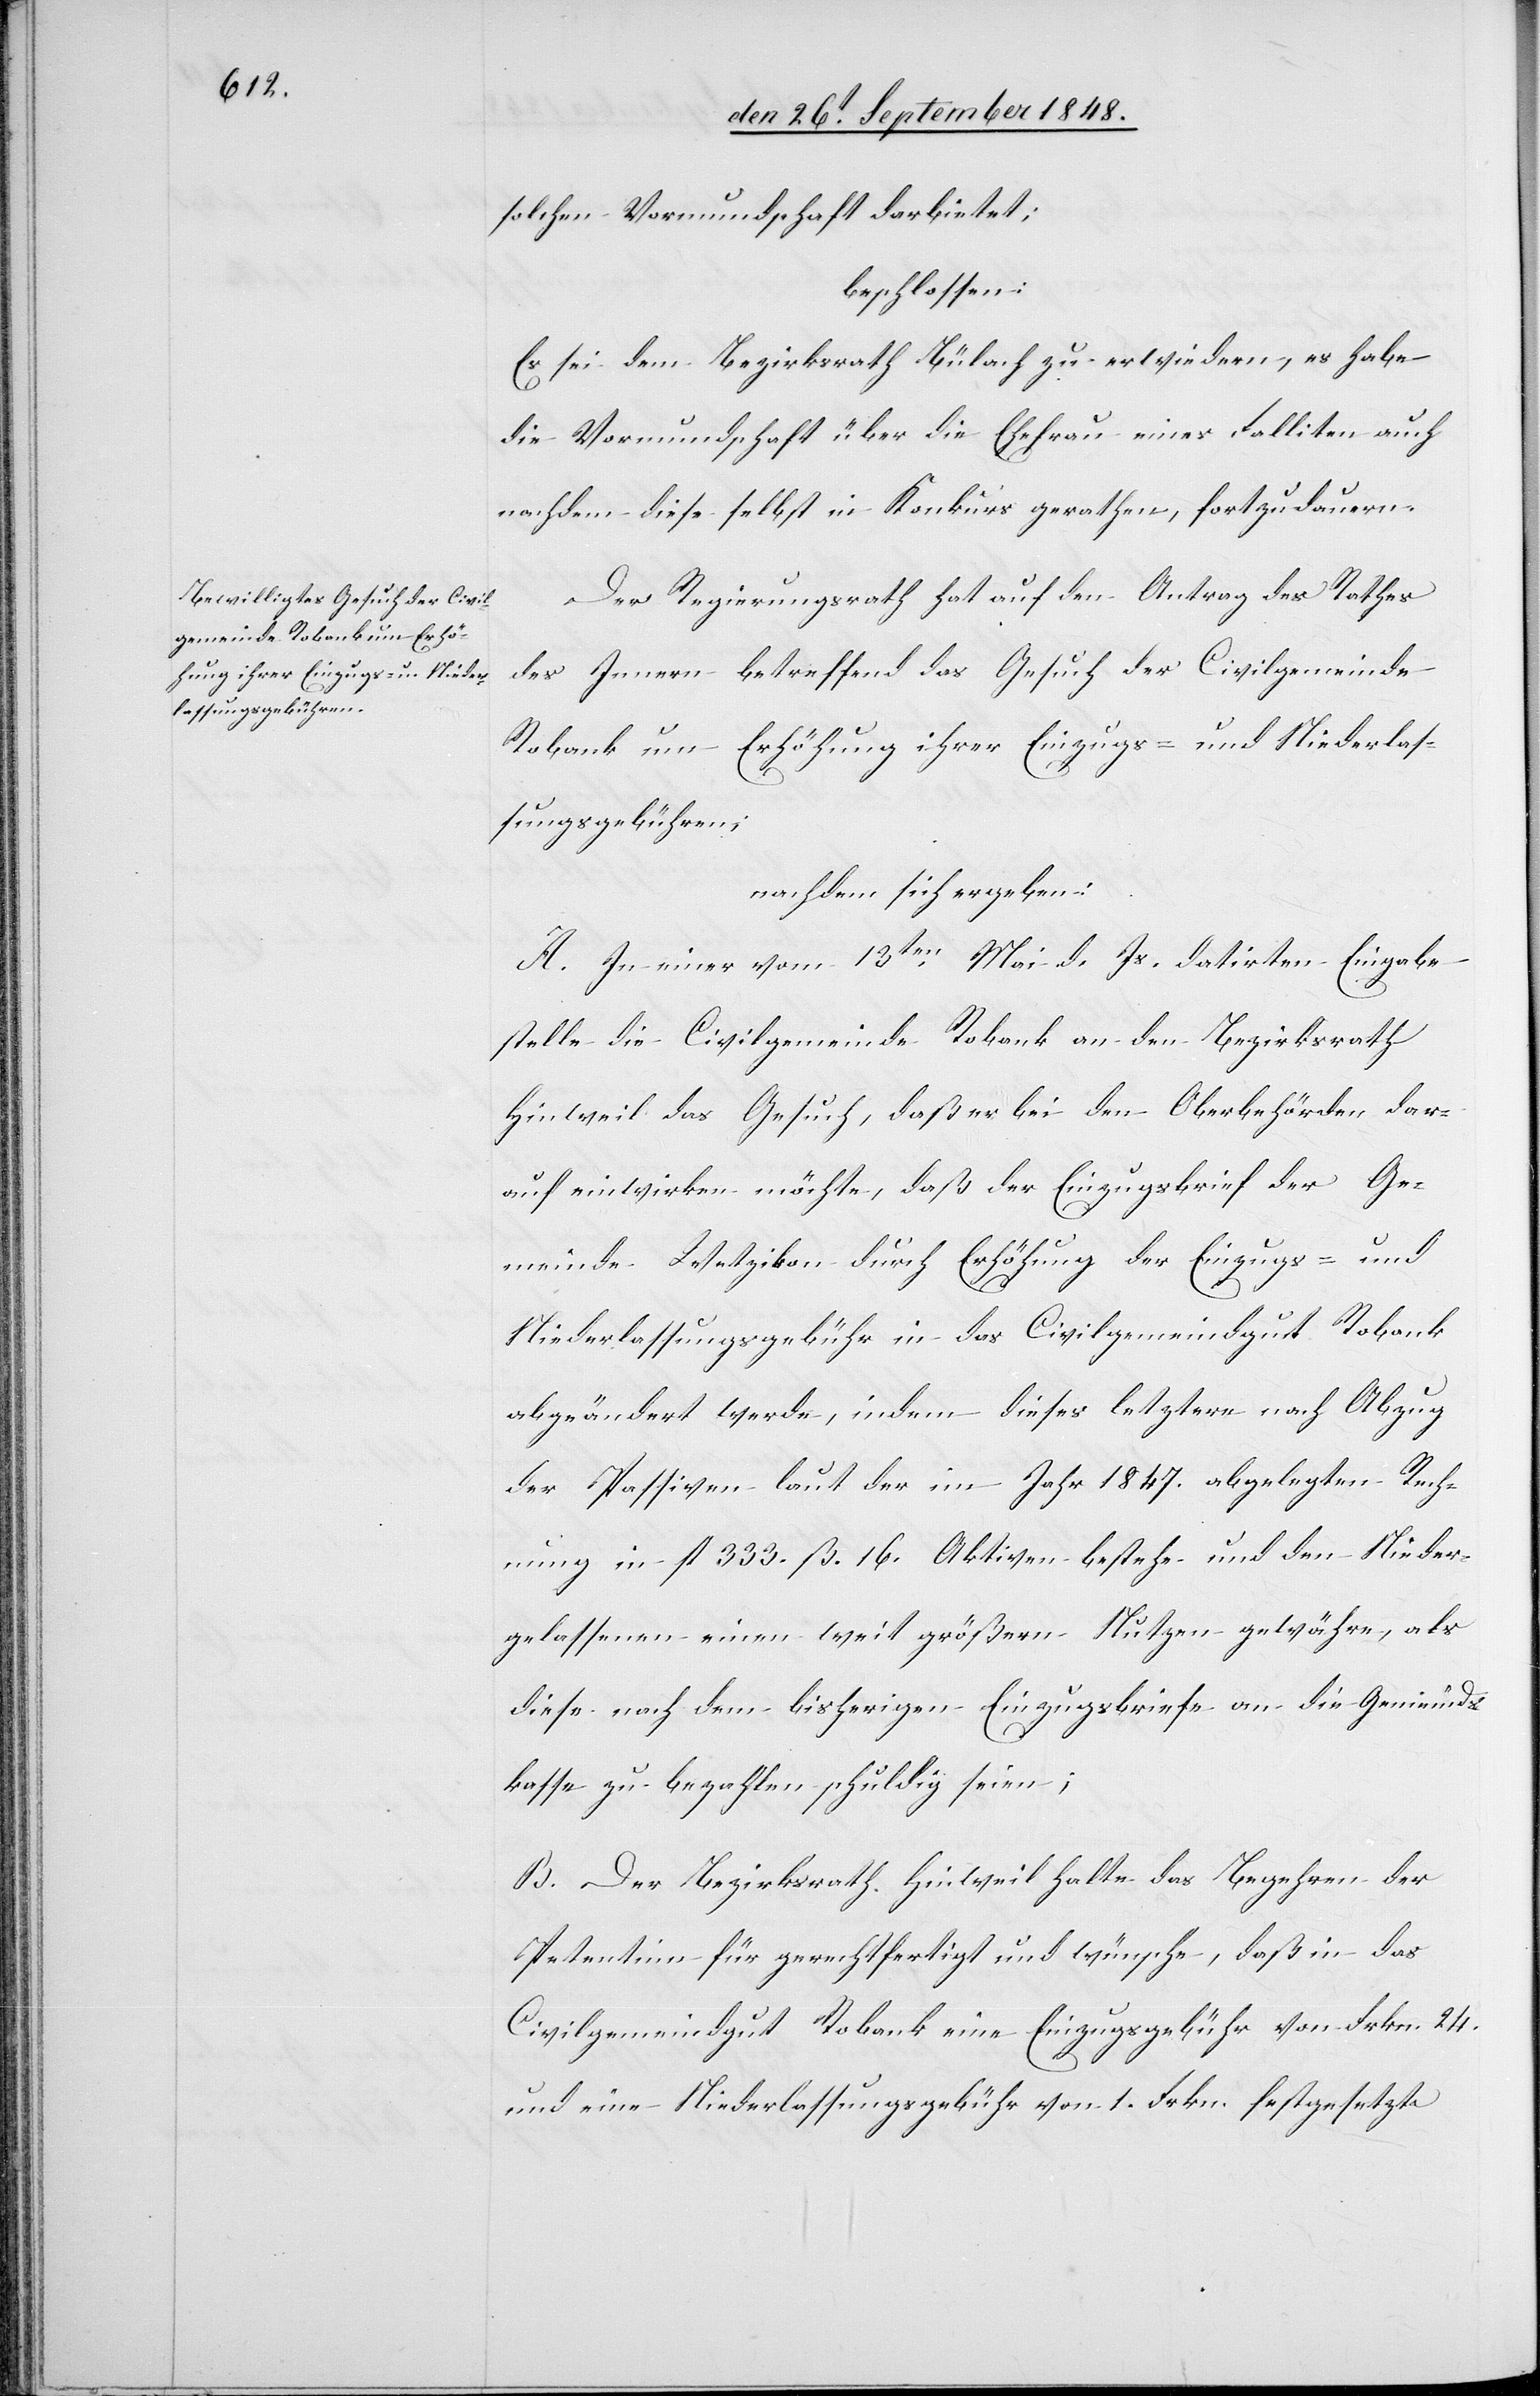
solchen Vormundschaft darbietet;
beschlossen:
Es sei dem Bezirksrath Bülach zu erwiedern, es habe
die Vormundschaft über die Ehefrau eines Falliten auch
nachdem diese selbst in Konkurs gerathen, fortzudauern.
Der Regierungsrath hat auf den Antrag des Rathes
des Innern betreffend das Gesuch der Civilgemeinde
Robank um Erhöhung ihrer Einzugs- und Niederlas¬
sungsgebühren;
nachdem sich ergeben:
A. In einer vom 13ten Mai d. Js. datirten Eingabe
stelle die Civilgemeinde Robank an den Bezirksrath
Hinweil das Gesuch, daß er bei den Oberbehörden dar¬
auf einwirken möchte, daß der Einzugsbrief der Ge¬
meinde Wetzikon durch Erhöhung der Einzugs- und
Niederlassungsgebühr in das Civilgemeindgut Robank
abgeändert werde, indem dieses letztere nach Abzug
der Passiven laut der im Jahr 1847. abgelegten Rech¬
nung in fl. 333.ß. 16. Aktiven bestehe und den Nieder¬
gelassenen einen weit größern Nutzen gewähre, als
diese nach dem bisherigen Einzugsbriefe an die Gemeinds¬
kasse zu bezahlen schuldig seien;
B. Der Bezirksrath Hinweil halte das Begehren der
Petentinn für gerechtfertigt und wünsche, daß in das
Civilgemeindgut Robank eine Einzugsgebühr von Frkn. 24.
und eine Niederlassungsgebühr von 1. Frkn. festgesetzt